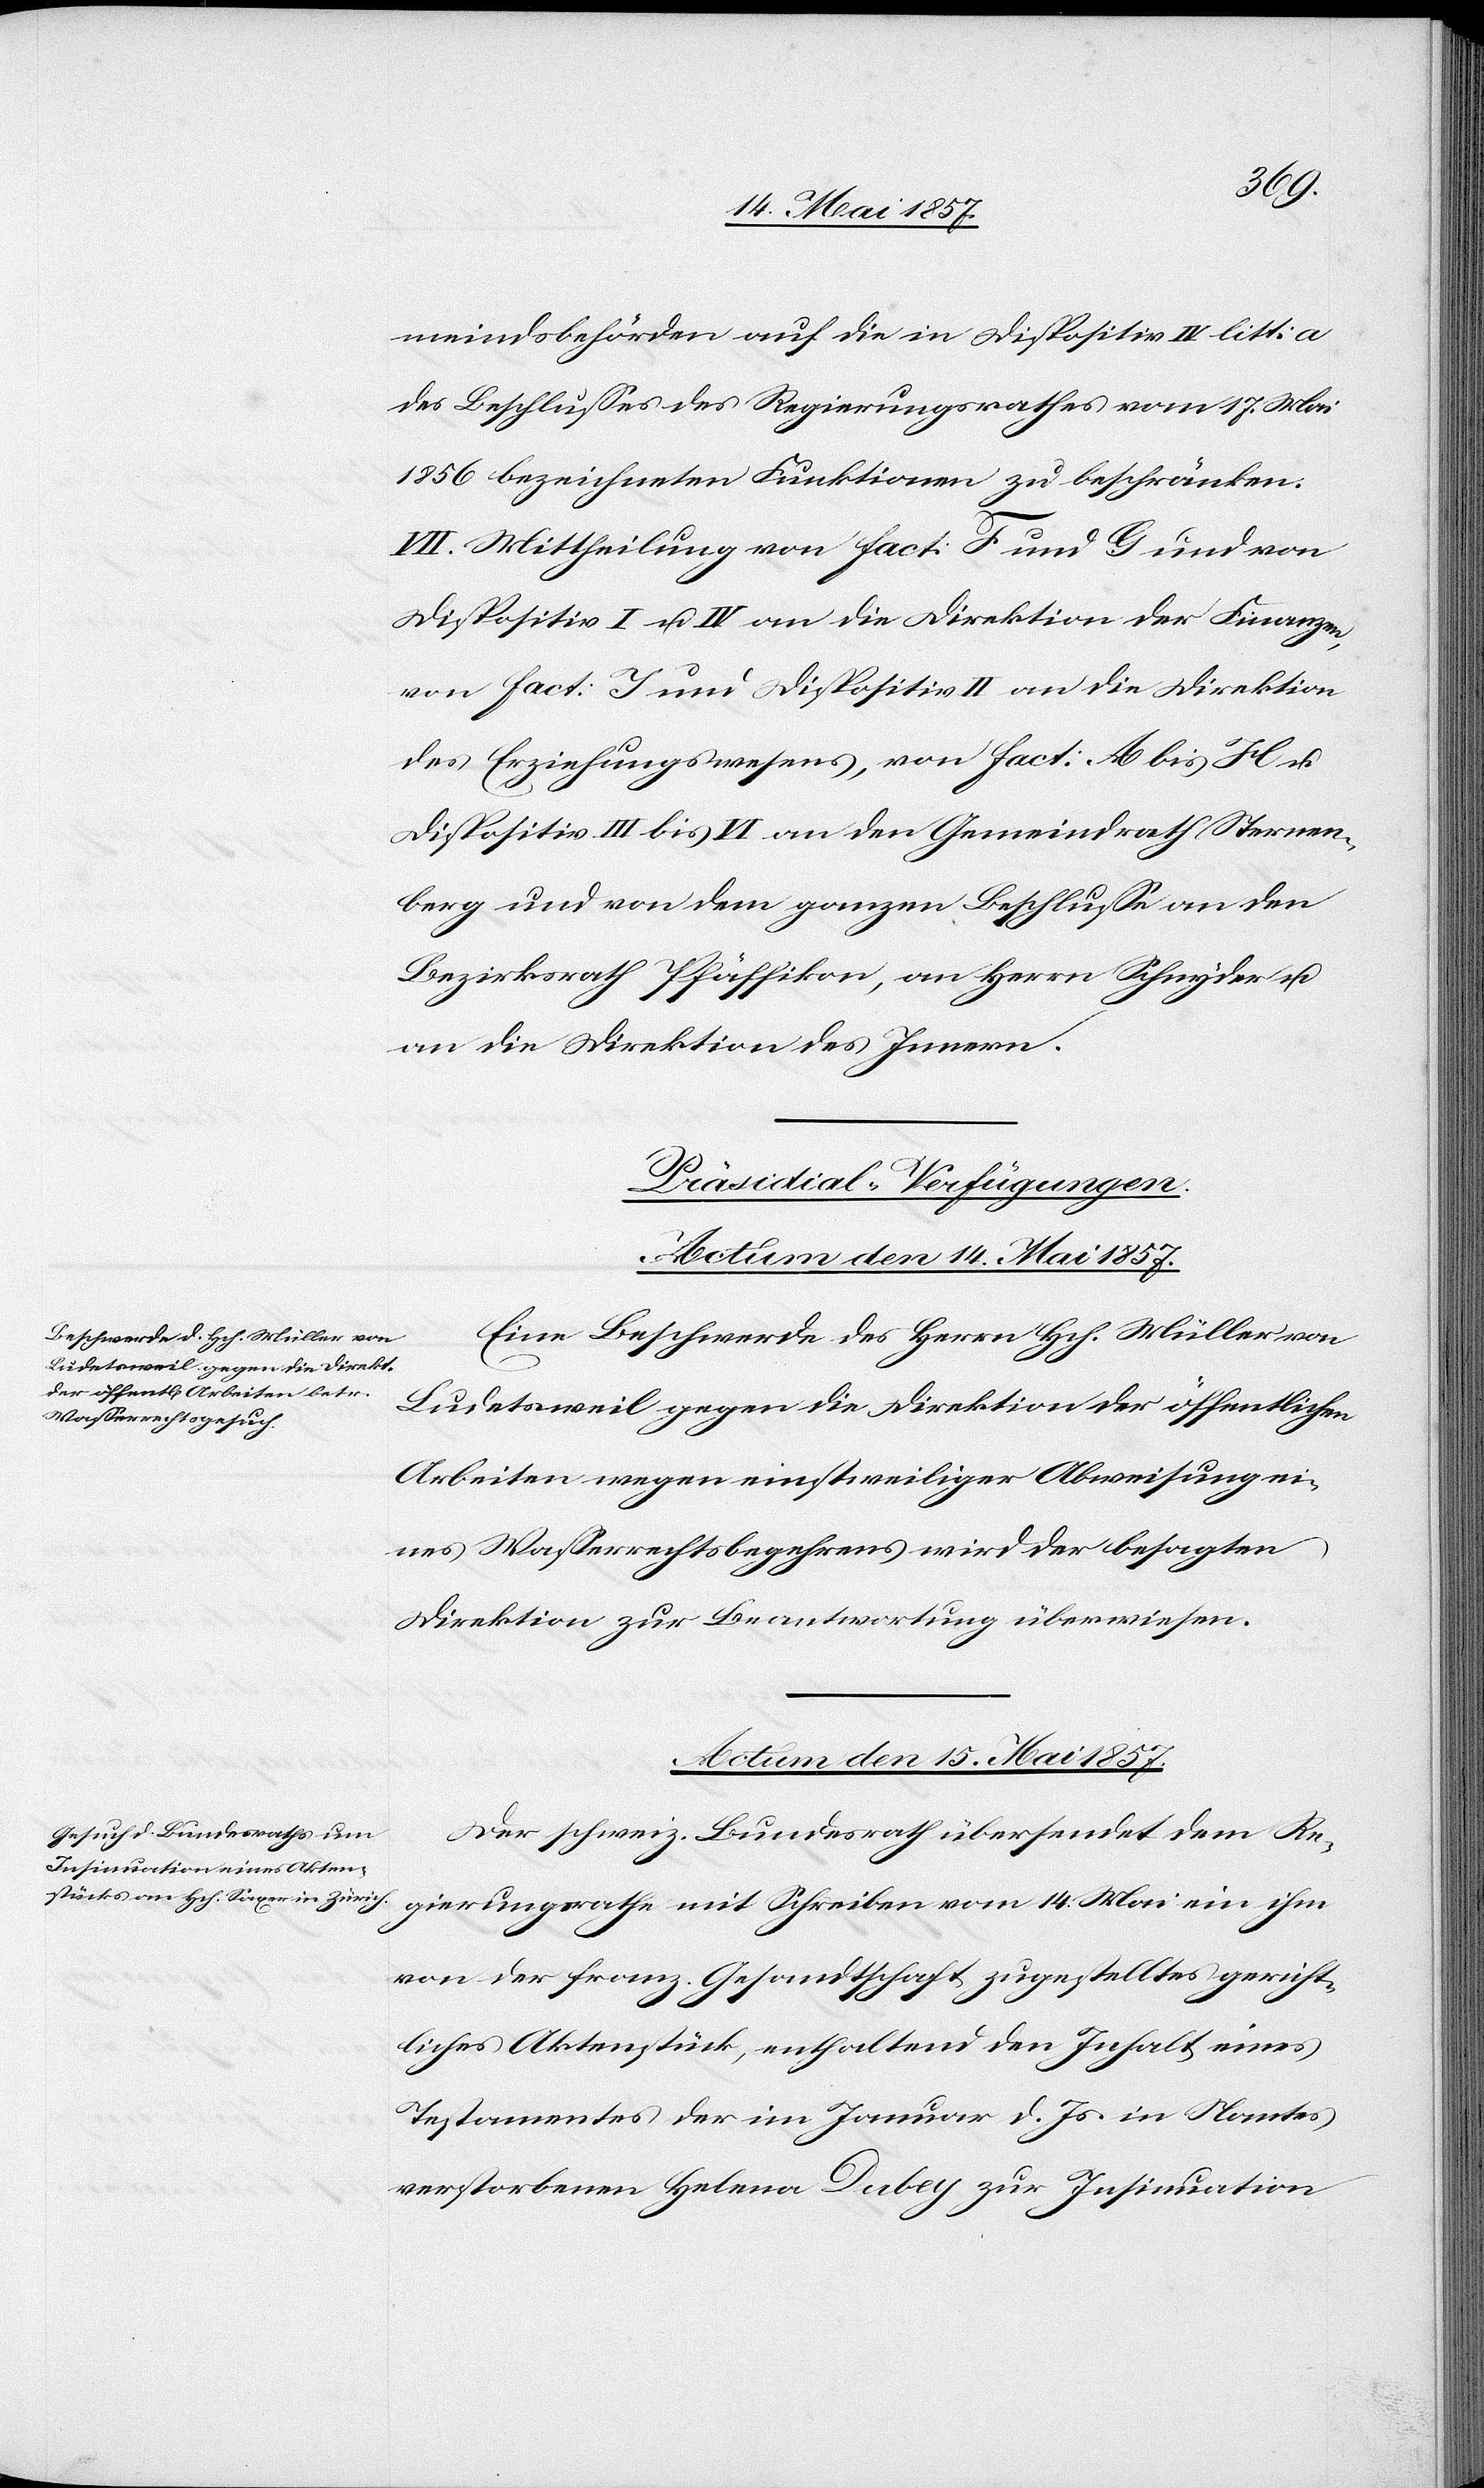
meindsbehörden auf die in Dispositiv IV litt a
des Beschlusses des Regierungsrathes vom 17 Mai
1856 bezeichneten Funktionen zu beschränken.
VII. Mittheilung von Fact: F und G und von
Dispositiv I & II an die Direktion der Finanzen,
von Fact: J und Dispositiv II an die Direktion
des Erziehungswesens, von Fact: A bis H &
Dispositiv III bis IV an den Gemeindrath Sternen¬
berg und von dem ganzen Beschlusse an den
Bezirksrath Pfäffikon, an Herrn Schnyder &
an die Direktion des Innern.
[Präsidial-Verfügungen.]
Actum den 14 Mai 1857.
Eine Beschwerde des Herrn Hch. Müller von
Ludetsweil gegen die Direktion der öffentlichen
Arbeiten wegen einstweiliger Abweisung ei¬
nes Wasserrechtsbegehrens wird der besagten
Direktion zur Beantwortung überwiesen.
Actum den 15 Mai 1857.
Der schweiz. Bundesrath übersendet dem Re¬
gierungsrathe mit Schreiben vom 14 Mai ein ihm
von der franz. Gesandtschaft zugestelltes gericht¬
liches Aktenstück, enthaltend den Inhalt eines
Testamentes der im Januar d. Js. in Nantes
verstorbenen Helma Dabey zur Insinuation